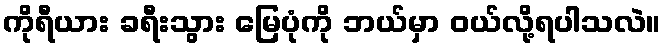
ကိုရီယား ခရီးသွား မြေပုံကို ဘယ်မှာ ဝယ်လို့ရပါသလဲ။